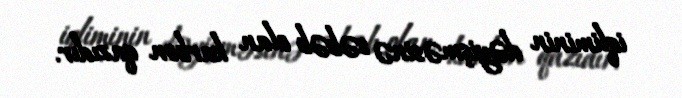
iqliminin dəyişməsinə səbəb olan karbon qazıdır.